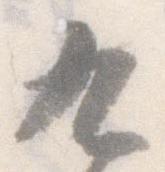
九